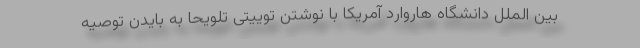
بین الملل دانشگاه هاروارد آمریکا با نوشتن توییتی تلویحا به بایدن توصیه